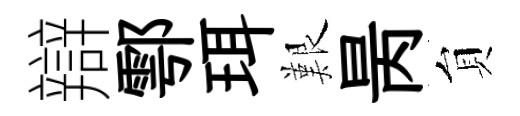
辯鄠珥艱昺貟